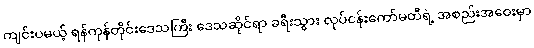
ကျင်းပမယ့် ရန်ကုန်တိုင်းဒေသကြီး ဒေသဆိုင်ရာ ခရီးသွား လုပ်ငန်းကော်မတီရဲ့ အစည်းအဝေးမှာ